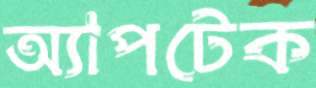
অ্যাপটেক